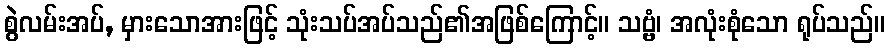
စွဲလမ်းအပ်, မှားသောအားဖြင့် သုံးသပ်အပ်သည်၏အဖြစ်ကြောင့်။ သဗ္ဗံ၊ အလုံးစုံသော ရုပ်သည်။